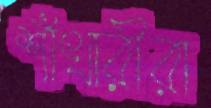
শাঁখারীরা